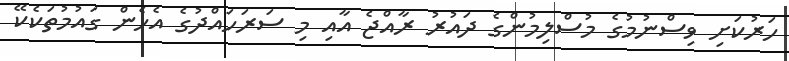
ހަރުކަށި ވިސްނުމުގެ މުސްލިމުންގެ ދައުރު ރާއްޖެ އާއި މި ސަރަހައްދުގެ އެހެން ގައުމުތަކެކޭ